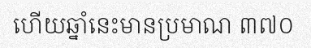
ហើយឆ្នាំនេះមានប្រមាណ ៣៧០